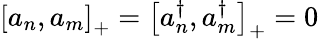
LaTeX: \left[a_{n},a_{m}\right]_{+}=\left[a_{n}^{\dagger},a_{m}^{\dagger}\right]_{+}=0